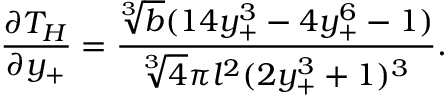
\frac { \partial T _ { H } } { \partial y _ { + } } = \frac { \sqrt [ 3 ] { b } ( 1 4 y _ { + } ^ { 3 } - 4 y _ { + } ^ { 6 } - 1 ) } { \sqrt [ 3 ] { 4 } \pi l ^ { 2 } ( 2 y _ { + } ^ { 3 } + 1 ) ^ { 3 } } .